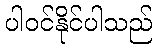
ပါဝင်နိုင်ပါသည်